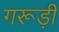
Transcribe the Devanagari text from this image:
गरूड़ी